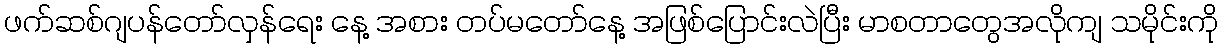
ဖက်ဆစ်ဂျပန်တော်လှန်ရေး နေ့ အစား တပ်မတော်နေ့ အဖြစ်ပြောင်းလဲပြီး မာစတာတွေအလိုကျ သမိုင်းကို